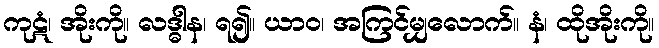
ကုဋံ၊ အိုးကို။ လဒ္ဓါန၊ ရ၍။ ယာဝ၊ အကြင်မျှလောက်။ နံ၊ ထိုအိုးကို။